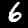
Label: 6